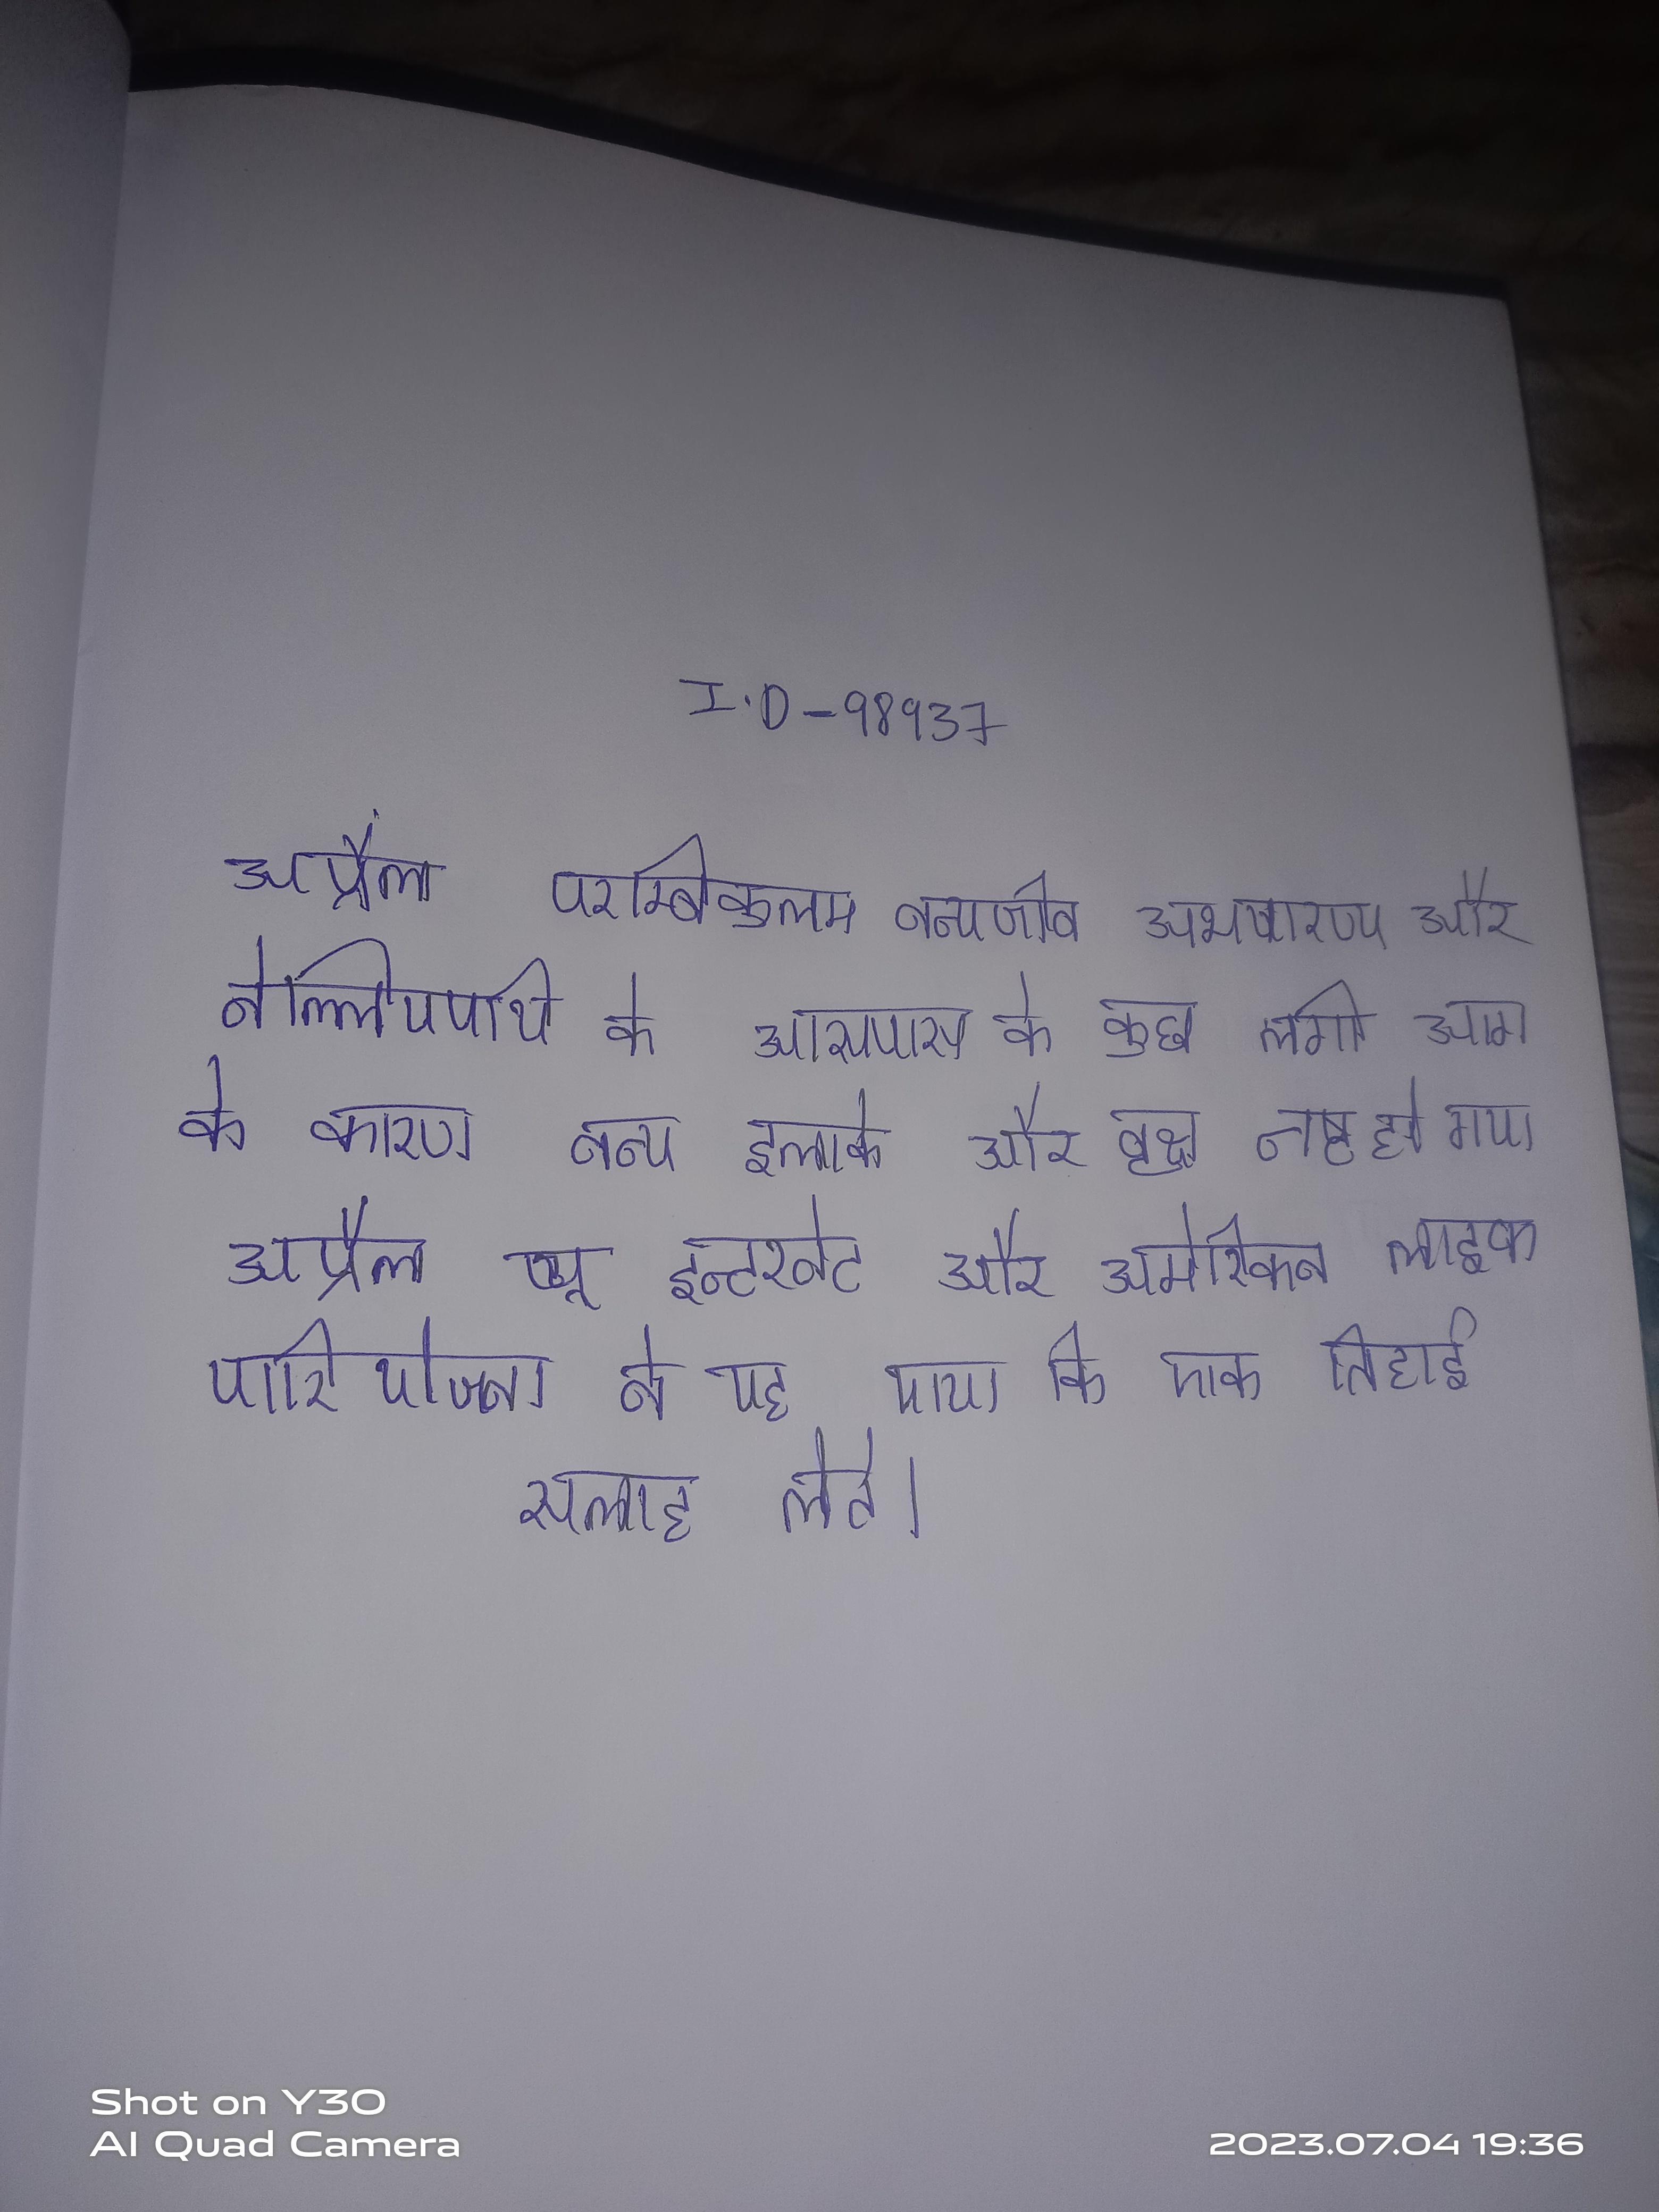
अप्रैल परम्बिकुलम वन्यजीव अभयारण्य और नेल्लियमपथि के आसपास के कुछ लगी आग के कारण वन्य इलाके और वृक्ष नष्ट हो गया । अप्रैल प्यू इन्टरनेट और अमेरिकन लाइफ परियोजना ने यह पाया कि एक तिहाई अमेरिकी उपयोगकर्ता विकिपीडिया से सलाह लेते ।